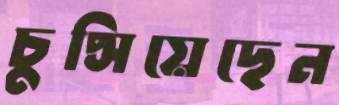
চুপ্‌সিয়েছেন